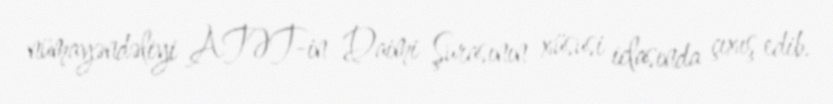
nümayəndəliyi ATƏT-in Daimi Şurasının xüsusi iclasında çıxış edib.